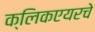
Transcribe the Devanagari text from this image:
क्लिकएयरचे